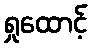
ရှုထောင့်